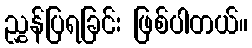
ညွှန်ပြရခြင်း ဖြစ်ပါတယ်။